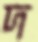
দ